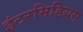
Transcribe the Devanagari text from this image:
इंटरमिडियस